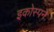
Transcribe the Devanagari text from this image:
इकोस्पन